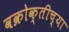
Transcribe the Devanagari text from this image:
वक्रोक्तीच्या